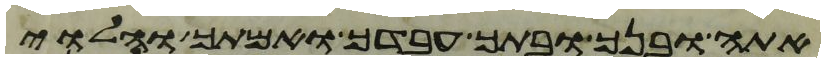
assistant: אתה ובנך ובתך עבדך ואמתך והלוי